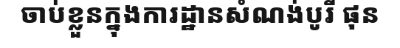
ចាប់ខ្លួនក្នុងការដ្ឋានសំណង់បូរី ផុន